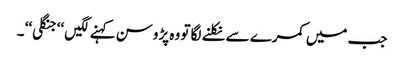
جب میں کمرے سے نکلنے لگا تو وہ پڑوسن کہنے لگیں ‘‘جنگلی‘‘ ۔